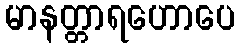
မာနတ္တာရဟောပေ